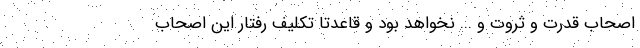
اصحاب قدرت و ثروت و ... نخواهد بود و قاعدتا تکلیف رفتار این اصحاب